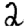
Digit: 2